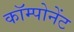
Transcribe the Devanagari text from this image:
कॉम्पोनेंट